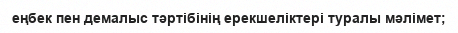
еңбек пен демалыс тәртібінің ерекшеліктері туралы мәлімет;